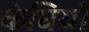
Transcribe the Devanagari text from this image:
कंघियों